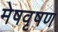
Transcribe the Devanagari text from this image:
मेषवृषण